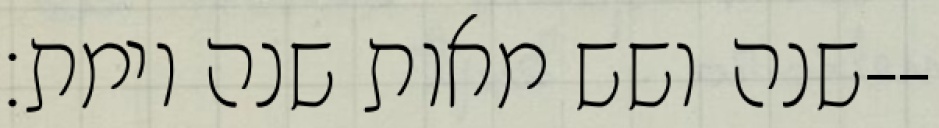
שנה ושש מאות שנה וימת׃--